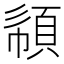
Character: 𩒧